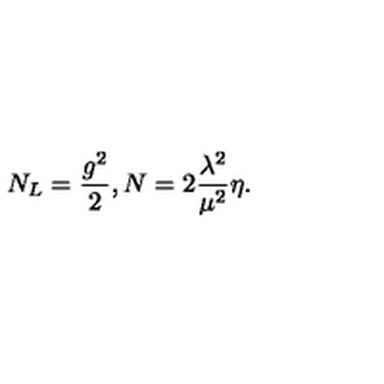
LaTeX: N _ { L } = \frac { g ^ { 2 } } { 2 } , N = 2 \frac { { \lambda } ^ { 2 } } { { \mu } ^ { 2 } } \eta .